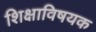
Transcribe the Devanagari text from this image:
शिक्षाविषयक